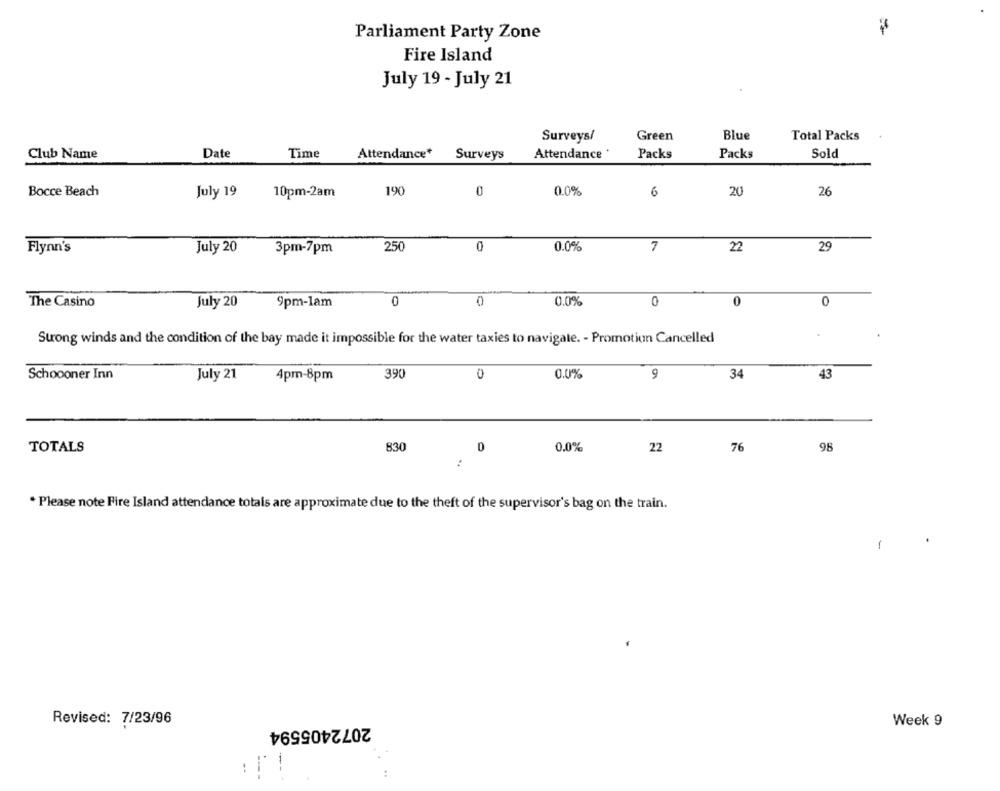
Parliament Party Zone
Fire Island
July 19 - July 21
Surveys/
Green
Blue
Total Packs
Club Name
Date
Time
Attendance*
Surveys
Attendance
Packs
Packs
Sold
190
20
Bocce Beach
July 19
10pm-2am
0
0.0%
6
26
Flynn's
July 20
3pm-7pm
250
0
0.0%
7
22
29
0
0.0%
0
0
0
The Casino
July 20
9pm-lam
0
Strong winds and the condition of the bay made it impossible for the water taxies to navigate. - Promotion Cancelled
.
Schoooner Inn
July 21
4pm-8pm
39€
0
0.0%
9
34
43
TOTALS
830
0.0%
22
76
98
* Please note Fire Island attendance totals are approximate due to the theft of the supervisor's bag on the train.
Revised: 7/23/96
2072405594
Week 9
--